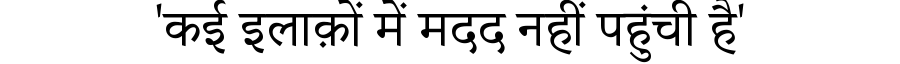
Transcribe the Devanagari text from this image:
'कई इलाक़ों में मदद नहीं पहुंची है'